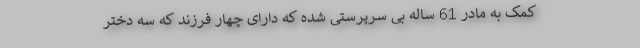
کمک به مادر 61 ساله بی سرپرستی شده که دارای چهار فرزند که سه دختر